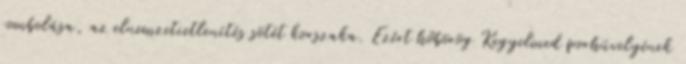
rombolása, az elnemzetietlenítés sötét korszaka. Ezért hőbörög Kegyelmed porhüvelyének